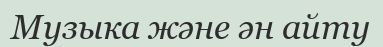
Музыка және ән айту